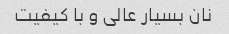
نان بسیار عالی و با کیفیت